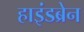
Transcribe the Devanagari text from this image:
हाइंडब्रेन